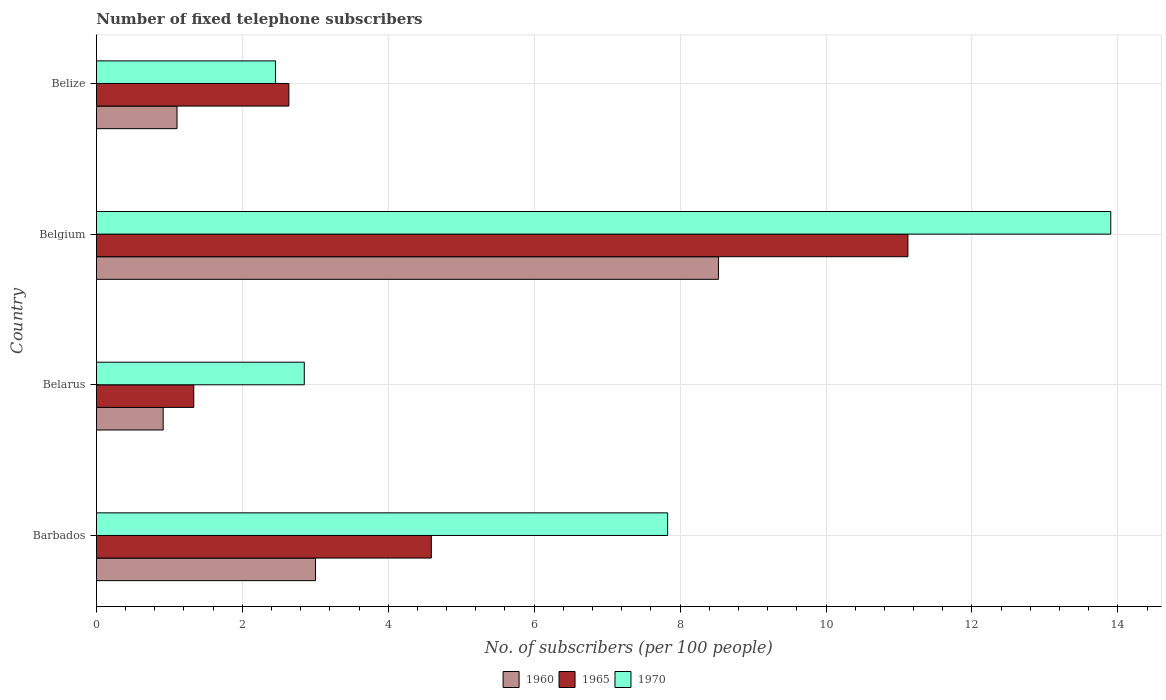
| Country | 1960 | 1965 | 1970 |
 | --- | --- | --- | --- |
 | Barbados | 3 | 4.59 | 7.83 |
 | Belarus | 0.916 | 1.33 | 2.85 |
 | Belgium | 8.53 | 11.1 | 13.9 |
 | Belize | 1.11 | 2.64 | 2.46 |